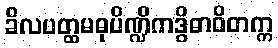
ခိလပတ္ထမဓုပိဏ္ဍိကဒွိဓာဝိတက္က